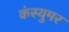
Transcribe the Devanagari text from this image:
कंस्युमर